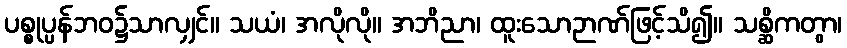
ပစ္စုပ္ပန်ဘဝ၌သာလျှင်။ သယံ၊ အလိုလို။ အဘိညာ၊ ထူးသောဉာဏ်ဖြင့်သိ၍။ သစ္ဆိကတွာ၊